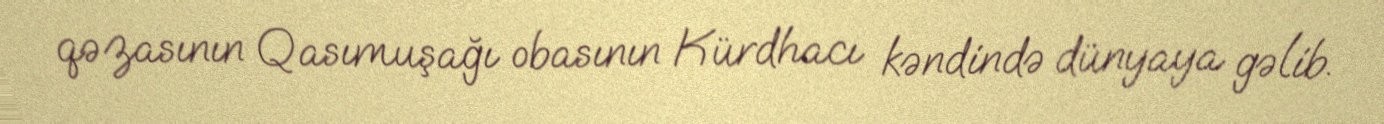
qəzasının Qasımuşağı obasının Kürdhacı kəndində dünyaya gəlib.